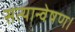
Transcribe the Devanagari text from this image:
सत्यान्वेषण।